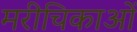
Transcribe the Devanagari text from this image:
मरीचिकाओं